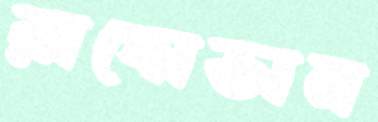
রাদোভান